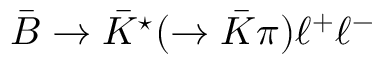
\bar { B } \to \bar { K } ^ { \star } ( \to \bar { K } \pi ) \ell ^ { + } \ell ^ { - }